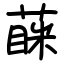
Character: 蔝